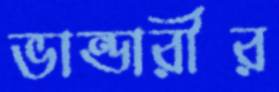
ভান্ডারীর